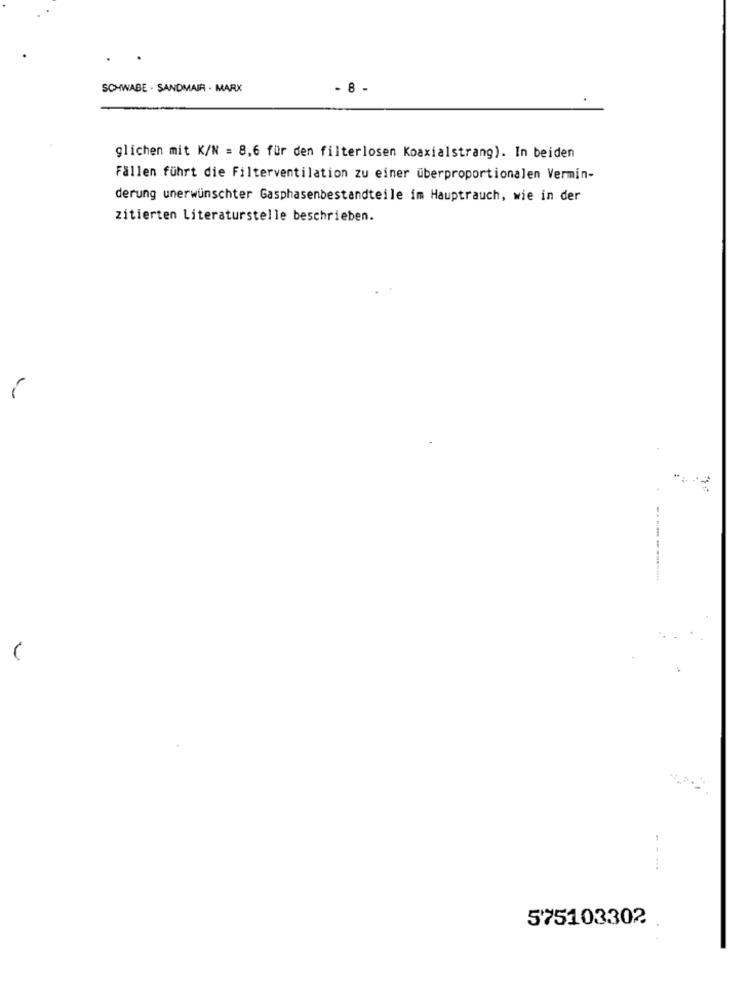
SCHWABE . SANDMAIR . MARX
- 8 -
glichen mit K/N = 8,6 für den filterlosen Koaxialstrang). In beiden
Fällen führt die Filterventilation zu einer überproportionalen Vermin-
derung unerwünschter Gasphasenbestandteile im Hauptrauch, wie in der
zitierten Literaturstelle beschrieben.
575103302